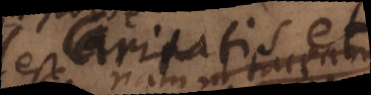
Caritatis et